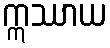
ဣဿာယ